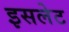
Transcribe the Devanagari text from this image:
इसलेट